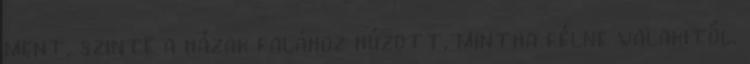
ment, szinte a házak falához húzott, mintha félne valakitől.